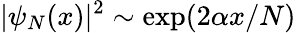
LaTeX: |\psi_{N}(x)|^{2}\sim\exp(2\alpha x/N)